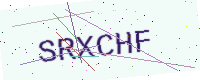
Text: SRXCHF